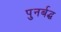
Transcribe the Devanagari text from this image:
पुनर्बद्ध